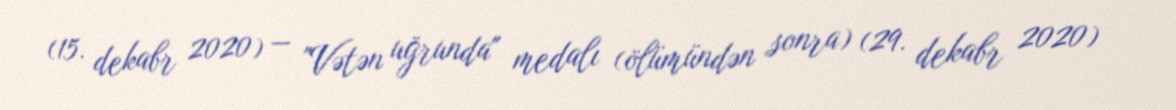
(15. dekabr 2020) — "Vətən uğrunda" medalı (ölümündən sonra) (29. dekabr 2020)